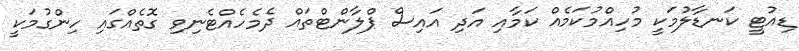
ޑިއުޓީ ކަނޑާލުމަކީ މުހިއްމުކަމެއް ކަމާއި އަދި އައިސް ޕްލާންޓްތައް ދެމެހެއްޓެނިވި ގޮތެއްގައި ހިންގުމަކީ